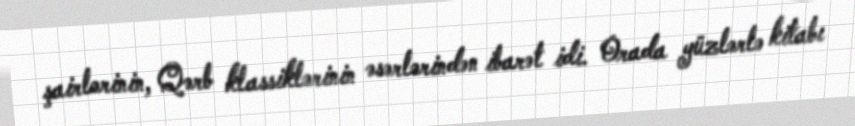
şairlərinin, Qərb klassiklərinin əsərlərindən ibarət idi. Orada yüzlərlə kitabı